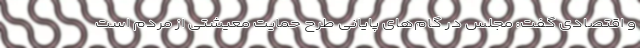
و اقتصادی گفت: مجلس در گام‌های پایانی طرح حمایت معیشتی از مردم است